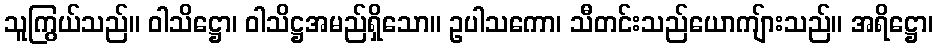
သူကြွယ်သည်။ ဝါသိဋ္ဌော၊ ဝါသိဋ္ဌအမည်ရှိသော။ ဥပါသကော၊ သီတင်းသည်ယောကျ်ားသည်။ အရိဋ္ဌော၊